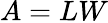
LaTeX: A=LW